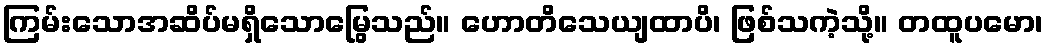
ကြမ်းသောအဆိပ်မရှိသောမြွေသည်။ ဟောတိသေယျထာပိ၊ ဖြစ်သကဲ့သို့။ တထူပမော၊